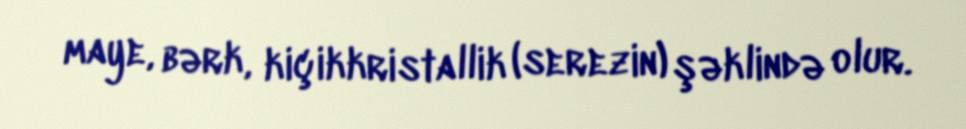
maye, bərk, kiçikkristallik (serezin) şəklində olur.